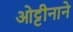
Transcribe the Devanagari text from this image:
ओट्टीनाने